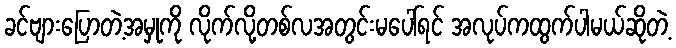
ခင်ဗျားပြောတဲ့အမှုကို လိုက်လို့တစ်လအတွင်းမပေါ်ရင် အလုပ်ကထွက်ပါမယ်ဆိုတဲ့